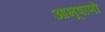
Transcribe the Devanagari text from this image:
आभूषाणों